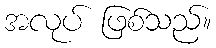
အလုပ် ဖြစ်သည်။